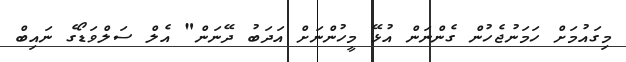
މިގައުމަށް ހަމަނުޖެހުން ގެންނަން އުޅޭ މީހުންނަށް އަދަބު ދޭނަން" އެލް ސަލްވަޑޯގެ ނައިބް